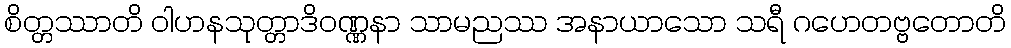
စိတ္တဿာတိ ဝါဟနသုတ္တာဒိဝဏ္ဏနာ သာမညဿ အနာယာသော သရီ ဂဟေတဗ္ဗတောတိ